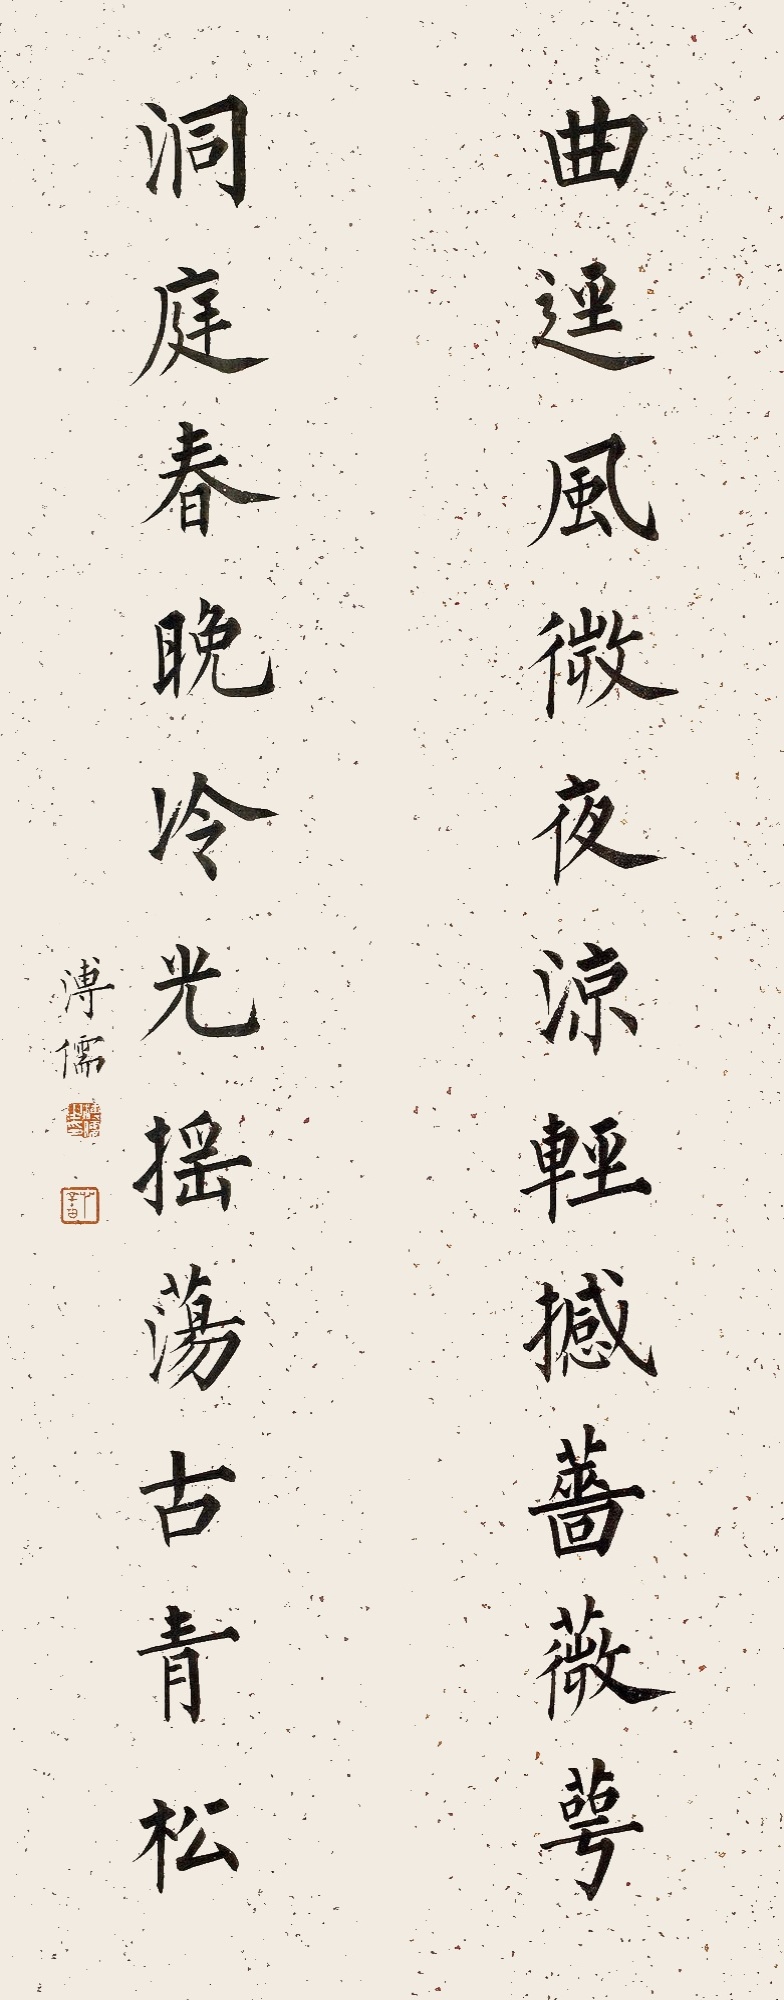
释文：曲径风微夜凉轻撼蔷薇萼，洞庭春晚冷光摇荡古青松。溥儒。